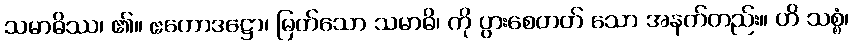
သမာဓိဿ၊ ၏။ ဧကောဒဋ္ဌော၊ မြတ်သော သမာဓိ၊ ကို ပွားစေတတ် သော အနက်တည်း။ ဟိ သစ္စံ၊